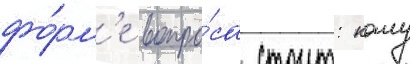
фо́рм'е вопро́са стоит: кому